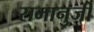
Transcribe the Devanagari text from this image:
रामानुजी